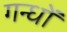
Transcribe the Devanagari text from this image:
गन्धों